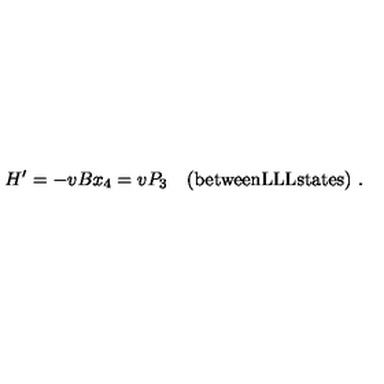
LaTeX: H ^ { \prime } = - v B x _ { 4 } = v P _ { 3 } \quad ( \mathrm { b e t w e e n L L L s t a t e s } ) \ .